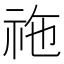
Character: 𥙁